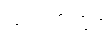
သံသရာတွင်